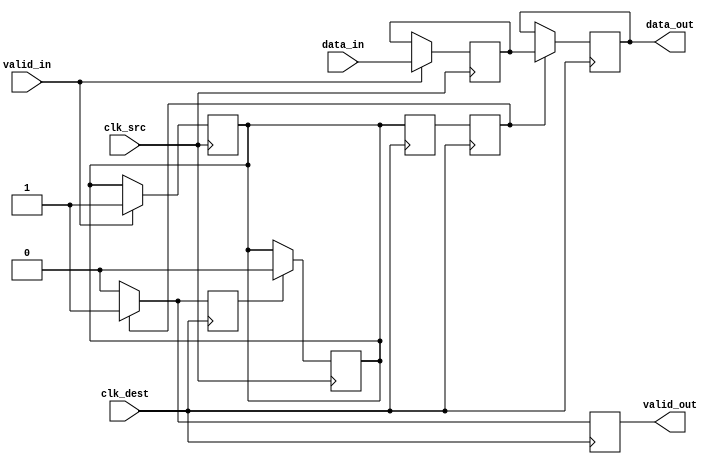
module handshake_synchronizer (
    input wire        clk_src,      // Clock signal for the source domain
    input wire        clk_dest,     // Clock signal for the destination domain
    input wire [7:0]  data_in,      // Data input from the source domain
    input wire        valid_in,      // Valid signal for data input
    output reg [7:0]  data_out,      // Synchronized data output in the destination domain
    output reg        valid_out       // Valid signal for data output
);

    // Internal signals
    reg [7:0] sync_data;            // Data to be synchronized
    reg sync_valid;                 // Valid signal to be synchronized
    reg ack;                        // Acknowledgment signal from the destination domain

    // Source domain logic
    always @(posedge clk_src) begin
        if (valid_in) begin
            sync_data <= data_in;   // Latch data on valid input
            sync_valid <= 1'b1;     // Assert sync_valid
        end
    end

    // Destination domain logic
    reg sync_valid_d1, sync_valid_d2; // Double-flop synchronizer for sync_valid
    always @(posedge clk_dest) begin
        sync_valid_d1 <= sync_valid;  // First stage of synchronization
        sync_valid_d2 <= sync_valid_d1; // Second stage of synchronization

        if (sync_valid_d2) begin
            data_out <= sync_data;     // Transfer synchronized data
            valid_out <= 1'b1;         // Assert valid_out
            ack <= 1'b1;               // Assert ack to source domain
        end else begin
            valid_out <= 1'b0;         // Deassert valid_out if sync_valid is not asserted
            ack <= 1'b0;               // Deassert ack
        end
    end

    // Acknowledgment handling in the source domain
    always @(posedge clk_src) begin
        if (ack) begin
            sync_valid <= 1'b0;        // Deassert sync_valid upon acknowledgment
        end
    end

endmodule